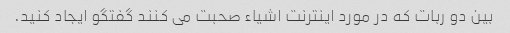
بین دو ربات که در مورد اینترنت اشیاء صحبت می کنند گفتگو ایجاد کنید.